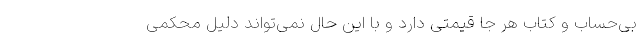
بی‌حساب و کتاب هر جا قیمتی دارد و با این حال نمی‌تواند دلیل محکمی